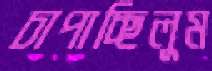
চাপাচ্ছিলুম